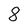
Character: 8